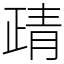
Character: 靕